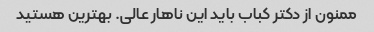
ممنون از دکتر کباب باید این ناهار عالی. بهترین هستید